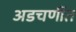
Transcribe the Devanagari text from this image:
अडचणींत